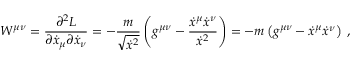
W ^ { \mu \nu } = \frac { \partial ^ { 2 } L } { \partial \dot { x } _ { \mu } \partial \dot { x } _ { \nu } } = - \frac { m } { \sqrt { \dot { x } ^ { 2 } } } \left( g ^ { \mu \nu } - \frac { \dot { x } ^ { \mu } \dot { x } ^ { \nu } } { \dot { x } ^ { 2 } } \right) = - m \left( g ^ { \mu \nu } - \dot { x } ^ { \mu } \dot { x } ^ { \nu } \right) \; ,